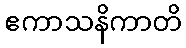
ဧကာသနိကာတိ